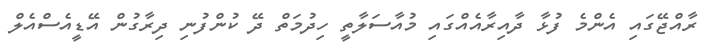
ރާއްޖޭގައި އެންމެ ފުޅާ ދާއިރާއެއްގައި މުއާސަލާތީ ހިދުމަތް ދޭ ކުންފުނި ދިރާގުން އޭޑީއެސްއެލް